Report on vaccination in the Province of Bengal - 1869-1873
Year: 1869
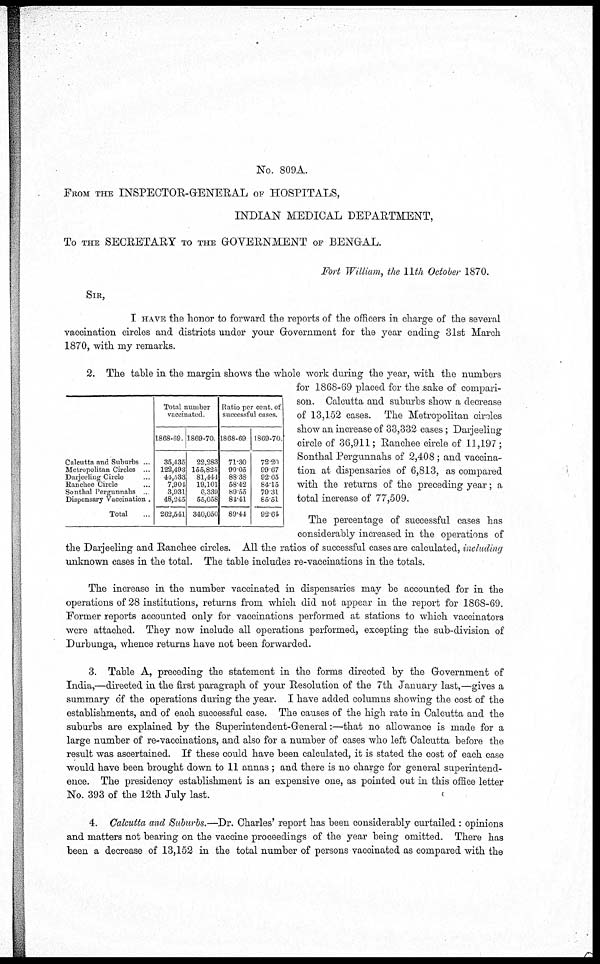
No. 809A.
FROM THE INSPECTOR-GENERAL OF HOSPITALS,
INDIAN MEDICAL DEPARTMENT,
To THE SECRETARY TO THE GOVERNMENT OF BENGAL.
Fort William, the 11th October 1870.
SIR,
I HAVE the honor to forward the reports of the officers in charge of the several
vaccination circles and districts under your Government for the year ending 31st March
1870, with my remarks.
Calcutta and Suburbs ..
Metropolitan Circles ...
Darjeeling Circle ..
Ranchee Circle ...
Sonthai Pergunnahs ...
Dispensary Vaccination...
Total ...
Total number
vaccinated.
1868-69
35,435
122,493
44,533
7,904
3,931
48,245
262,541
1869-70
22,283
155,825
81,441
19,101
6,339
55,058
340,050
Ratio per cent of
successful cases.
1868-69
71.30
99.05
88.38
58.42
89.55
84.41
89.44
1869-70.
72.20
99.67
92.05
84.15
79.31
85.51
92.64
2. The table in the margin shows the whole work during the year, with the numbers
for 1868-69 placed for the sake of compari-
son. Calcutta and suburbs show a decrease
of 13,152 cases. The Metropolitan circles
show an increase of 33,332 cases; Darjeeling
circle of 36,911; Ranchee circle of 11,197;
Sonthal Pergunnahs of 2,408; and vaccina-
tion at dispensaries of 6,813, as compared
with the returns of the preceding year; a
total increase of 77,509.
The percentage of successful cases has
considerably increased in the operations of
the Darjeeling and Ranchee circles. All the ratios of successful cases are calculated, including
unknown cases in the total. The table includes re-vaccinations in the totals.
The increase in the number vaccinated in dispensaries may be accounted for in the
operations of 28 institutions, returns from which did not appear in the report for 1868-69.
Former reports accounted only for vaccinations performed at stations to which vaccinators
were attached. They now include all operations performed, excepting the sub-division of
Durbunga, whence returns have not been forwarded.
3. Table A, preceding the statement in the forms directed by the Government of
India,—directed in the first paragraph of your Resolution of the 7th January last,—gives a
summary of the operations during the year. I have added columns showing the cost of the
establishments, and of each successful case. The causes of the high rate in Calcutta and the
suburbs are explained by the Superintendent-General:—that no allowance is made for a
large number of re-vaccinations, and also for a number of cases who left Calcutta before the
result was ascertained. If these could have been calculated, it is stated the cost of each case
would have been brought down to 11 annas ; and there is no charge for general superintend-
ence. The presidency establishment is an expensive one, as pointed out in this office letter
No. 393 of the 12th July last.
4. Calcutta and Suburbs.—Dr. Charles' report has been considerably curtailed : opinions
and matters not bearing on the vaccine proceedings of the year being omitted. There has
been a decrease of 13,152 in the total number of persons vaccinated as compared with the